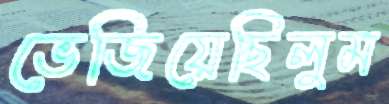
ভেজিয়েছিলুম